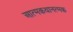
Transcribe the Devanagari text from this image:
आत्मकथानत्मक